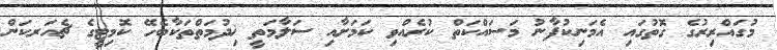
މުގައްރިރުގެ ގޮތުގައި އެމަނިކުފާނު މަސައްކަތް ކުރެއްވި ކަމަށާއި ސަލާމަތީ ޚިދުމަތްތަކާބެހޭ ކޮމިޓީގެ ޗެއަރކަން